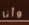
وأنا